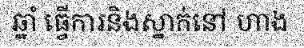
ឆ្នាំ ធ្វើការនិងស្នាក់នៅ ហាង